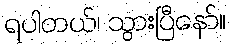
ရပါတယ်၊ သွားပြီနော်။